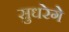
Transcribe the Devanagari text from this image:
सुधरेगे